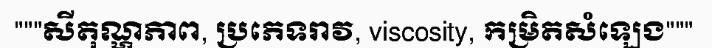
"""សីតុណ្ហភាព, ប្រភេទរាវ, viscosity, កម្រិតសំឡេង"""